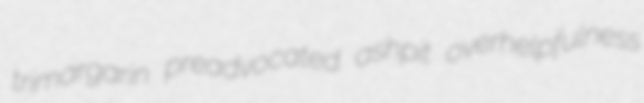
trimargarin preadvocated ashpit overhelpfulness